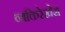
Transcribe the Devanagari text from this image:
व्यक्तिरेखेस